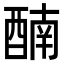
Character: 𨡯